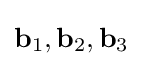
\mathbf {b} _{1},\mathbf {b} _{2},\mathbf {b} _{3}